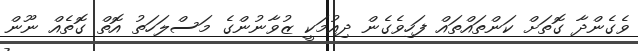
ވެގެންދާ ގޮތަށް ކަންތައްތައް ފަހިވެގެން ދިއުމަކީ ޒުވާނުންގެ މަސްލަހަތު އޮތް ގޮތެއް ނޫން